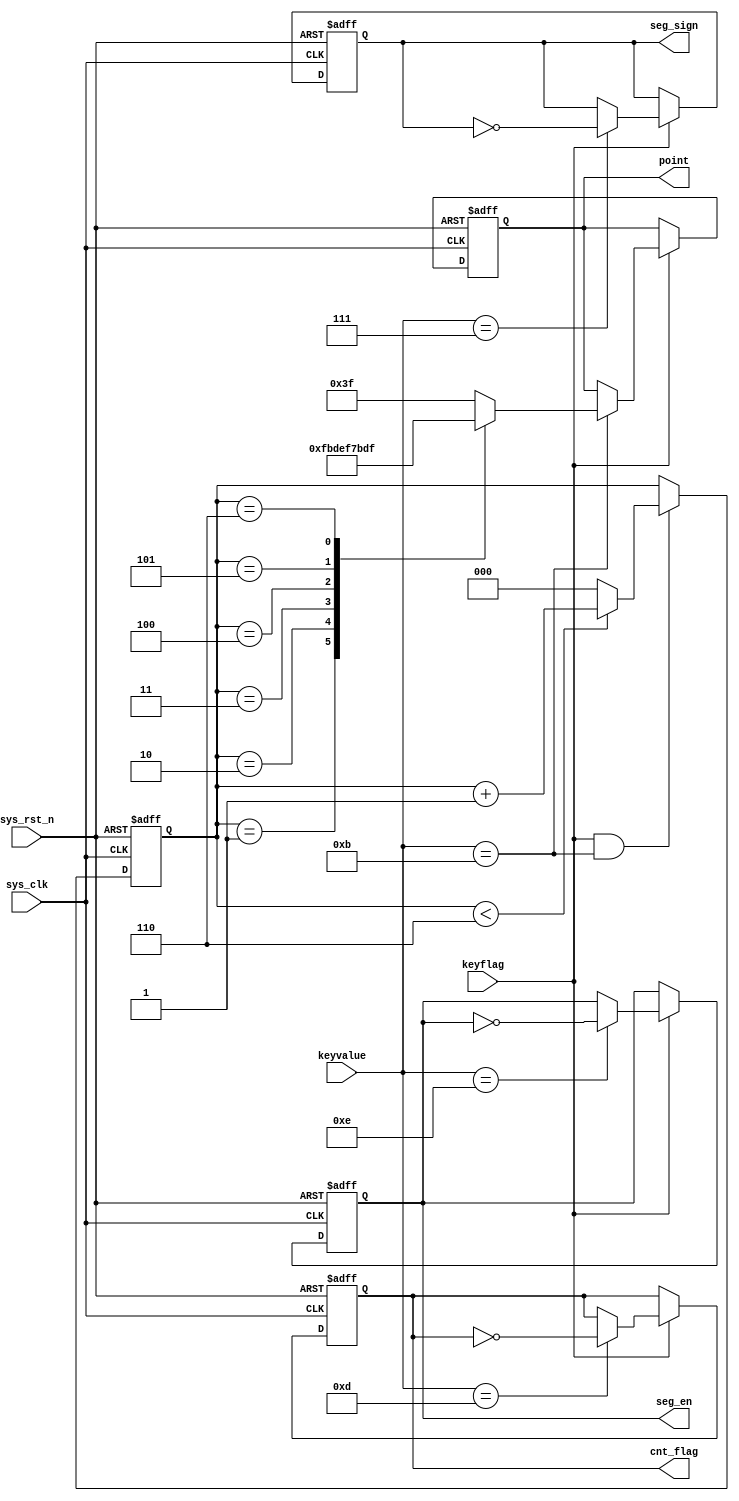
//////////////////////////////////////////////////////////////////////////////////
// 
// Module Name: key
// Description: key state
// 
//////////////////////////////////////////////////////////////////////////////////
`timescale 1ns / 1ps

module key(
    input           sys_clk,
    input           sys_rst_n,
    input[3:0]      keyvalue,
    input           keyflag,

    output reg[5:0] point,              //point01
    output reg      cnt_flag,           //01
    output reg      seg_en,             //01
    output reg      seg_sign            //01
);

reg[2:0]    point_reg;                  //point

//point_regpoint,key[2]point_reg
always @(posedge sys_clk or negedge sys_rst_n) begin
    if(!sys_rst_n)
        point_reg <= 3'd0;
    else begin
        if((keyflag) && (keyvalue == 4'b1011)) begin
            if(point_reg < 3'd6)
                point_reg <= point_reg + 1'b1;
            else
                point_reg <= 3'd0;
        end
        else
            point_reg <= point_reg;
    end
end

always @(posedge sys_clk or negedge sys_rst_n) begin
    if(!sys_rst_n) begin
        point <= 6'b111111;             //point
        cnt_flag <= 1'b0;               //
        seg_en <= 1'b1;                 //
        seg_sign <= 1'b0;               //
    end
    else begin
        if(keyflag)
            case(keyvalue)
                4'b1110:begin
                    seg_en <= ~seg_en;      //key[0],
                    point <= point;
                    cnt_flag <= cnt_flag;
                    seg_sign <= seg_sign;
                end
                4'b1101:begin
                    cnt_flag <= ~cnt_flag;  //key[1]
                    seg_en <= seg_en;
                    point <= point;
                    seg_sign <= seg_sign;
                end
                4'b1011:begin               //key[2]point
                    seg_en <= seg_en;
                    cnt_flag <= cnt_flag;
                    seg_sign <= seg_sign;
                    case(point_reg)
                        3'd1:point <= 6'b111110;
                        3'd2:point <= 6'b111101;
                        3'd3:point <= 6'b111011;
                        3'd4:point <= 6'b110111;
                        3'd5:point <= 6'b101111;
                        3'd6:point <= 6'b011111;
                        default:point <= 6'b111111;
                    endcase
                end
                4'b0111:begin               //key[3]
                    seg_sign <= ~seg_sign;
                    seg_en <= seg_en;
                    point <= point;
                    cnt_flag <= cnt_flag;
                end
            default begin
                point <= point;             //point
                cnt_flag <= cnt_flag;       //
                seg_en <= seg_en;           //
                seg_sign <= seg_sign;       //
            end
            endcase
        else begin
            point <= point;             //point
            cnt_flag <= cnt_flag;       //
            seg_en <= seg_en;           //
            seg_sign <= seg_sign;       //
        end
    end         
end
endmodule